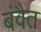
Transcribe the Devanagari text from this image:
बंवैत